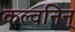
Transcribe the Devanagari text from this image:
कल्वनिन्